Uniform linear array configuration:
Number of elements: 8
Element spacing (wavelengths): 0.75
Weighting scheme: hamming
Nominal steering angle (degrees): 0
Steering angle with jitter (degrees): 1.142
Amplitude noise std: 0.05
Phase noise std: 0.05

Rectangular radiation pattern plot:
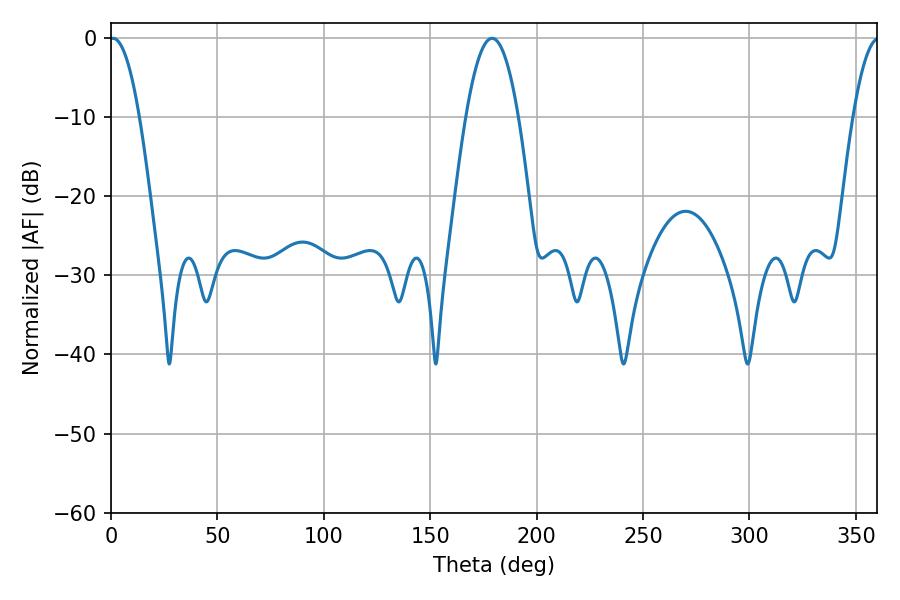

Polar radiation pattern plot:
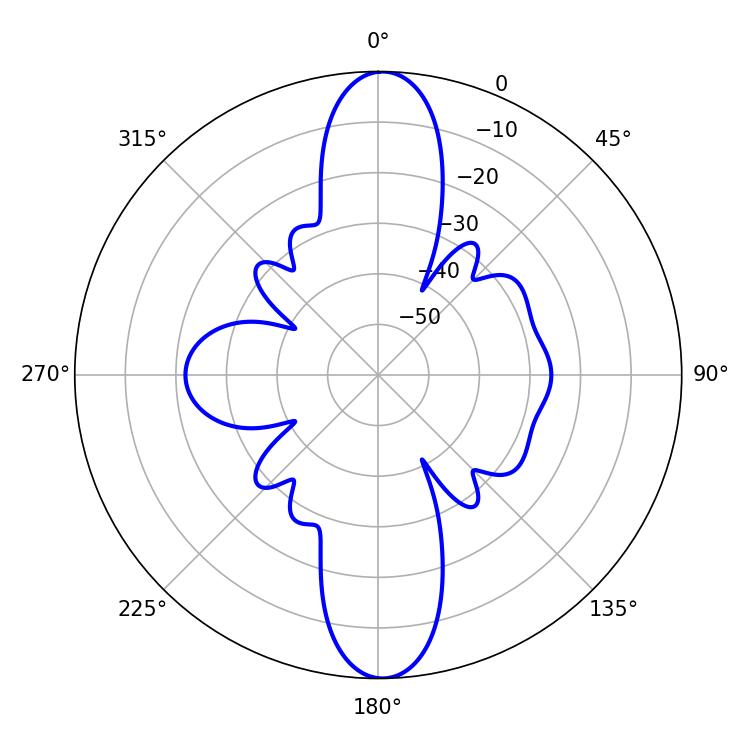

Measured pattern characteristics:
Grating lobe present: TRUE
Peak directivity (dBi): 24.243
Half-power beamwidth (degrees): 7.74
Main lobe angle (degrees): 0.9